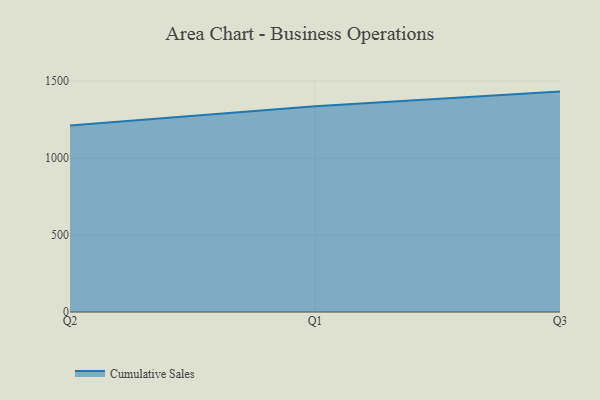
{"axis": {"x": "Quarter", "y": "Latency (ms)"}, "legend": ["Cumulative Sales"], "data": [{"x": "Q2", "y": 1212.4, "type": "Cumulative Sales"}, {"x": "Q1", "y": 1336.3, "type": "Cumulative Sales"}, {"x": "Q3", "y": 1432.0, "type": "Cumulative Sales"}]}